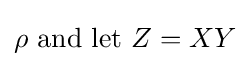
\rho {\text{ and let }}Z=XY